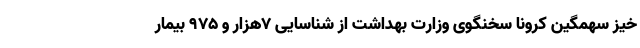
خیز سهمگین کرونا سخنگوی وزارت بهداشت از شناسایی ۷هزار و ۹۷۵ بیمار